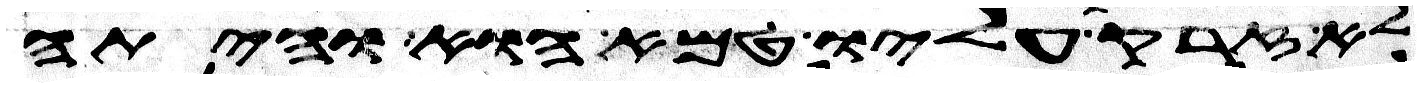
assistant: לא זרק עליו טמא הוא והיתה